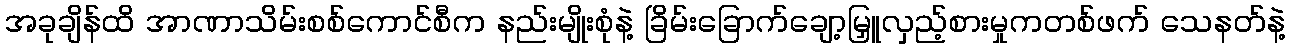
အခုချိန်ထိ အာဏာသိမ်းစစ်ကောင်စီက နည်းမျိုးစုံနဲ့ ခြိမ်းခြောက်ချော့မြှူလှည့်စားမှုကတစ်ဖက် သေနတ်နဲ့